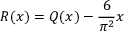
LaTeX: R ( x ) = Q ( x ) - { \frac { 6 } { \pi ^ { 2 } } } x